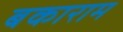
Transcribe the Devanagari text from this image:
बकाराम